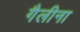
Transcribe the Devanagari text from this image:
गैलीना